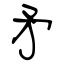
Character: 矛